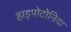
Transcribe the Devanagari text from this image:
हाइपोटोनिया